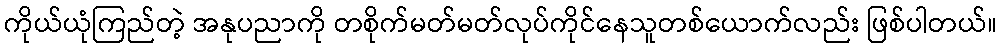
ကိုယ်ယုံကြည်တဲ့ အနုပညာကို တစိုက်မတ်မတ်လုပ်ကိုင်နေသူတစ်ယောက်လည်း ဖြစ်ပါတယ်။